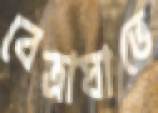
বেত্রাঘাতে